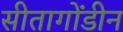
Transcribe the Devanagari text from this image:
सीतागोंडीन